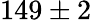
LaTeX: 149\pm 2